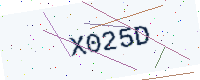
Text: X025D